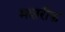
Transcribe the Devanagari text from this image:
मशरीक